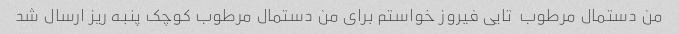
من دستمال مرطوب  تایی فیروز خواستم برای من دستمال مرطوب کوچک پنبه ریز ارسال شد